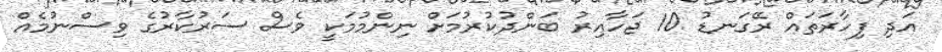
އަދި ފިހާރަތައް ރޭގަނޑު 10 ޖަހާއިރު ބަންދުކުރުމަށް ނިންމުމަކީ ވެސް ސަރުކާރުގެ ވިސްނުމެއް